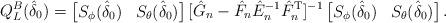
LaTeX: \begin{align*}Q_L^B(\hat\delta_0) = \begin{bmatrix}S_{\phi}(\hat \delta_{0}) & S_{\theta}(\hat{\delta}_{0})\end{bmatrix}[\hat{G}_n-\hat{F}_n \hat{E}_n^{-1} \hat{F}_n^\mathrm{T} ]^{-1}\begin{bmatrix}S_{\phi}(\hat{\delta}_{0}) & S_{\theta}(\hat \delta_{0})\end{bmatrix}.\end{align*}